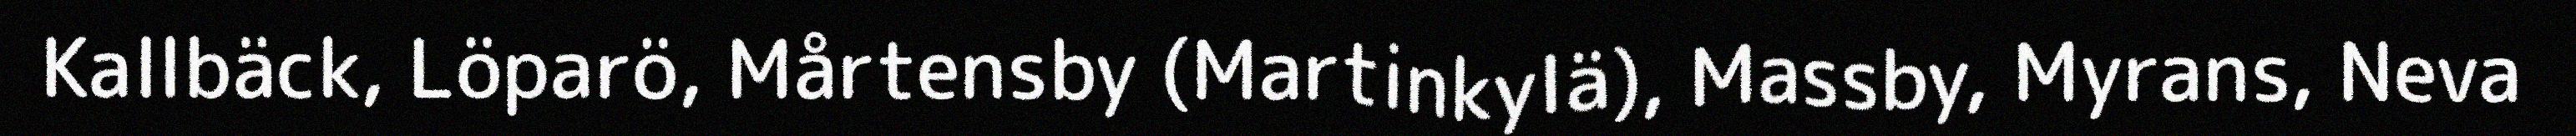
Kallbäck, Löparö, Mårtensby (Martinkylä), Massby, Myrans, Neva